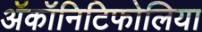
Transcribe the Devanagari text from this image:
ॲकॉनिटिफोलिया